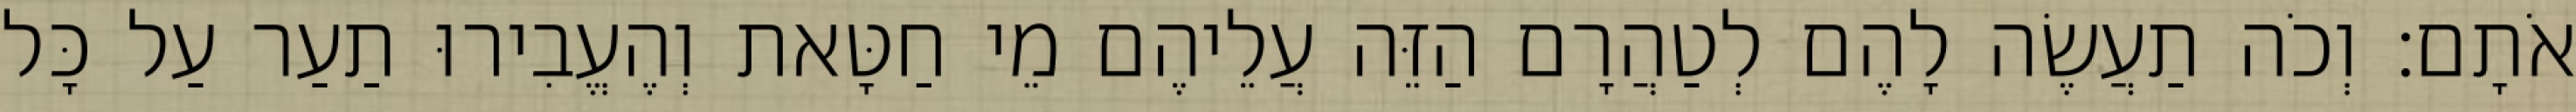
אֹתָם׃ וְכֹה תַעֲשֶׂה לָהֶם לְטַהֲרָם הַזֵּה עֲלֵיהֶם מֵי חַטָּאת וְהֶעֱבִירוּ תַעַר עַל כָּל